Sanitation, dispensaries and jails vaccination Rajputana 1922-1927 - 1922-1927
Year: 1922
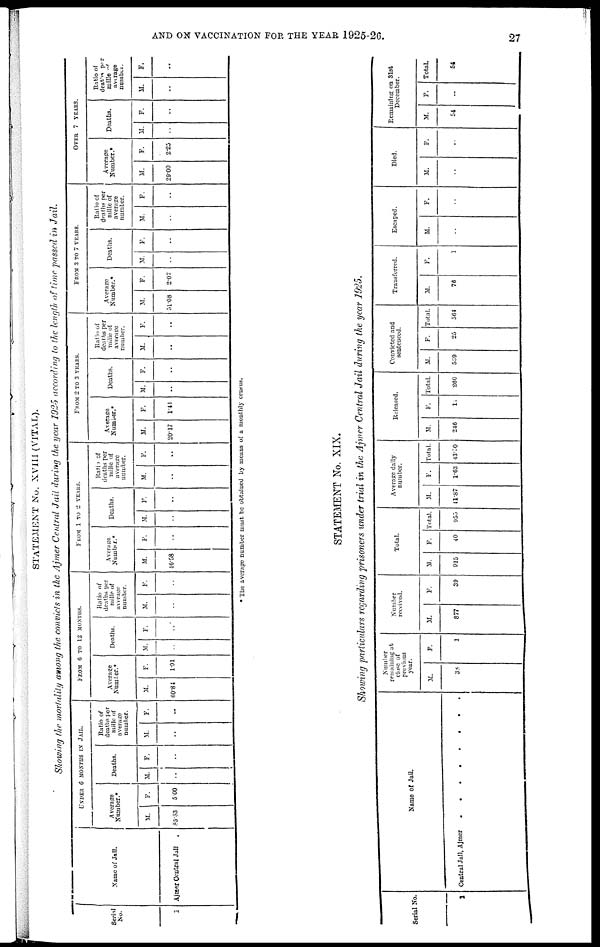
AND ON VACCINATION FOR THE YEAR 1925-26.
27
STATEMENT No. XVIII (VITAL).
Showing the mortality among the convicts in the Ajmer Central Jail during the year 1925 according to the length of time passed in Jail.
Serial
No.
1
Name of Jail.
Ajmer Central Jail
UNDER 6 MONTHS IN JAIL.
Average
Number.*
M.
85.83
F.
5.00
Deaths.
M.
..
F.
..
Ratio of
deaths per
mille of
average
number.
M.
..
F.
..
FROM 6 TO 12 MONTHS.
Average
Number.*
M.
60.84
F.
1.91
Deaths.
M.
..
F.
..
Ratio of
deaths per
mille of
average
number.
M.
..
F.
..
FROM 1 TO 2 YEARS.
Average
Number.*
M.
16.58
F.
..
Deaths.
M.
..
F.
..
Ratio of
deaths per
mille of
average
number.
M.
..
F.
..
FROM 2 TO 3 YEARS.
Average
Number.*
M.
20.17
F.
1.41
Deaths.
M.
..
F.
..
Ratio of
deaths per
mille of
average
number.
M.
..
F.
..
FROM 3 TO 7 YEARS.
Average
Number.*
M.
51.08
F.
2.07
Deaths.
M.
..
F.
..
Ratio of
deaths per
mille of
average
number.
M.
..
F.
..
OVER 7 YEARS.
Average
Number.*
M.
29.00
F.
2.25
Deaths.
M.
..
F.
..
Ratio of
deaths per
mille of
average
number.
M.
..
F.
..
* The average number must be obtained by means of a monthly census.
STATEMENT No. XIX.
Showing particulars regarding prisoners under trial in the Ajmer Central Jail during the year 1925.
Serial No.
1
Name of Jail.
Central Jail, Ajmer
........
Number
remaining at
close of
previous
year.
M.
38
F.
1
Number
received.
M.
877
F.
30
Total.
M.
915
F.
40
Total.
955
Average daily
number.
M.
41.87
F.
1.63
Total.
43.50
Released.
M.
246
F.
11
Total.
260
Convicted and
sentenced.
M.
539
F.
25
Total.
564
Transferred.
M.
76
F.
1
Escaped.
M.
..
F.
..
Died.
M.
..
F.
..
Remaining on 31st
December.
M.
54
F.
..
Total.
54